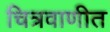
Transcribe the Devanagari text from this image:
चित्रवाणीत